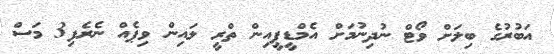
އަބުރުގެ ބިލަށް ވޯޓް ނުދިނުމަށް އެމްޑީޕީއިން ތްރީ ލައިން ވިޕެއް ނެރެފި3 މަސް